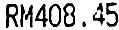
RM408.45